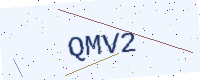
Text: QMV2